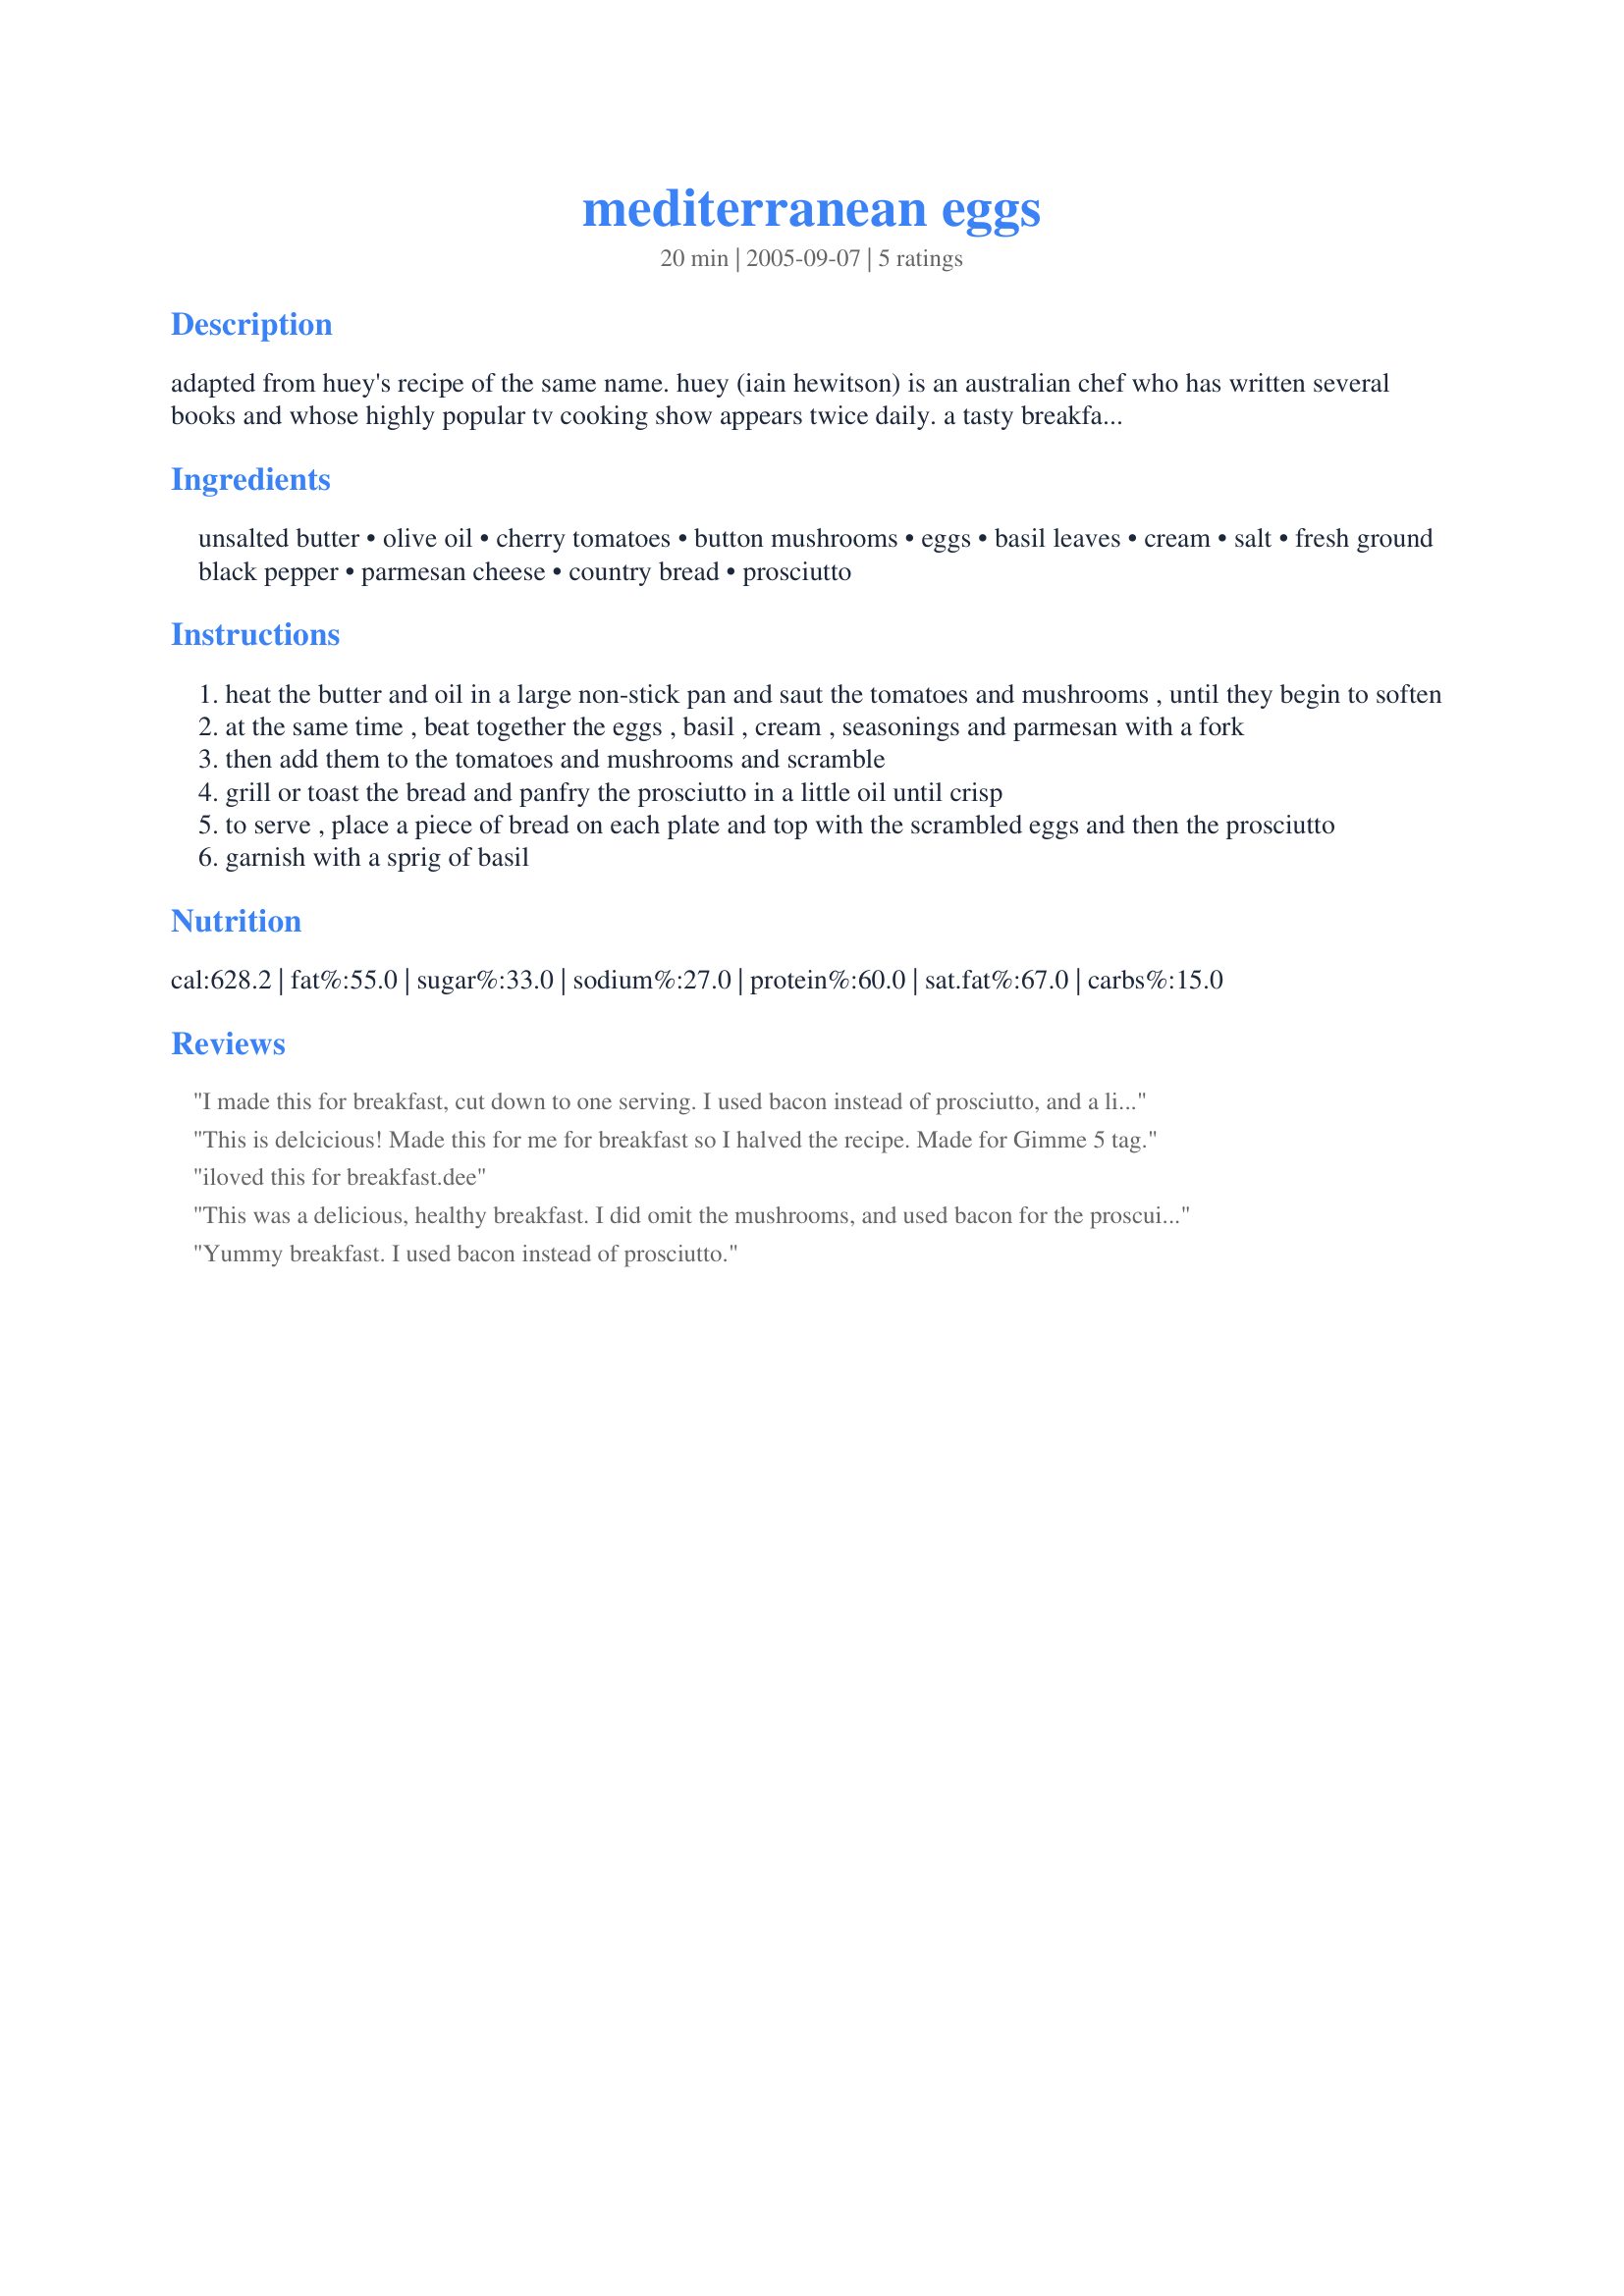
mediterranean eggs
Preparation time: 20 minutes

adapted from huey's recipe of the same name. huey (iain hewitson) is an australian chef who has written several books and whose highly popular tv cooking show appears twice daily. a tasty breakfast or brunch dish.

Ingredients:
unsalted butter, olive oil, cherry tomatoes, button mushrooms, eggs, basil leaves, cream, salt, fresh ground black pepper, parmesan cheese, country bread, prosciutto

Steps:
heat the butter and oil in a large non-stick pan and saut the tomatoes and mushrooms , until they begin to soften
at the same time , beat together the eggs , basil , cream , seasonings and parmesan with a fork
then add them to the tomatoes and mushrooms and scramble
grill or toast the bread and panfry the prosciutto in a little oil until crisp
to serve , place a piece of bread on each plate and top with the scrambled eggs and then the prosciutto
garnish with a sprig of basil

Reviews:
I made this for breakfast, cut down to one serving. I used bacon instead of prosciutto, and a little more mushrooms. This isn't something I can make often due to calorie and fat restrictions, but this is nice for a special occassion. Delicious breakfast. Made this for Everyday is a Holiday tag.
This is delcicious! Made this for me for breakfast so I halved the recipe. Made for Gimme 5 tag.
 iloved this for breakfast.dee
This was a delicious, healthy breakfast. I did omit the mushrooms, and used bacon for the proscuitto. My kids liked the presentation-they topped theirs with ketchup! Thanks for an easy, versatile recipe!
Yummy breakfast. I used bacon instead of prosciutto.
